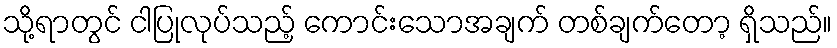
သို့ရာတွင် ငါပြုလုပ်သည့် ကောင်းသောအချက် တစ်ချက်တော့ ရှိသည်။